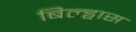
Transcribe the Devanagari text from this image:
बिल्ड्वास